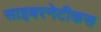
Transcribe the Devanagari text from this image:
साइबरनेटीकस